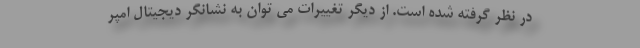
در نظر گرفته شده است. از دیگر تغییرات می توان به نشانگر دیجیتال امپر